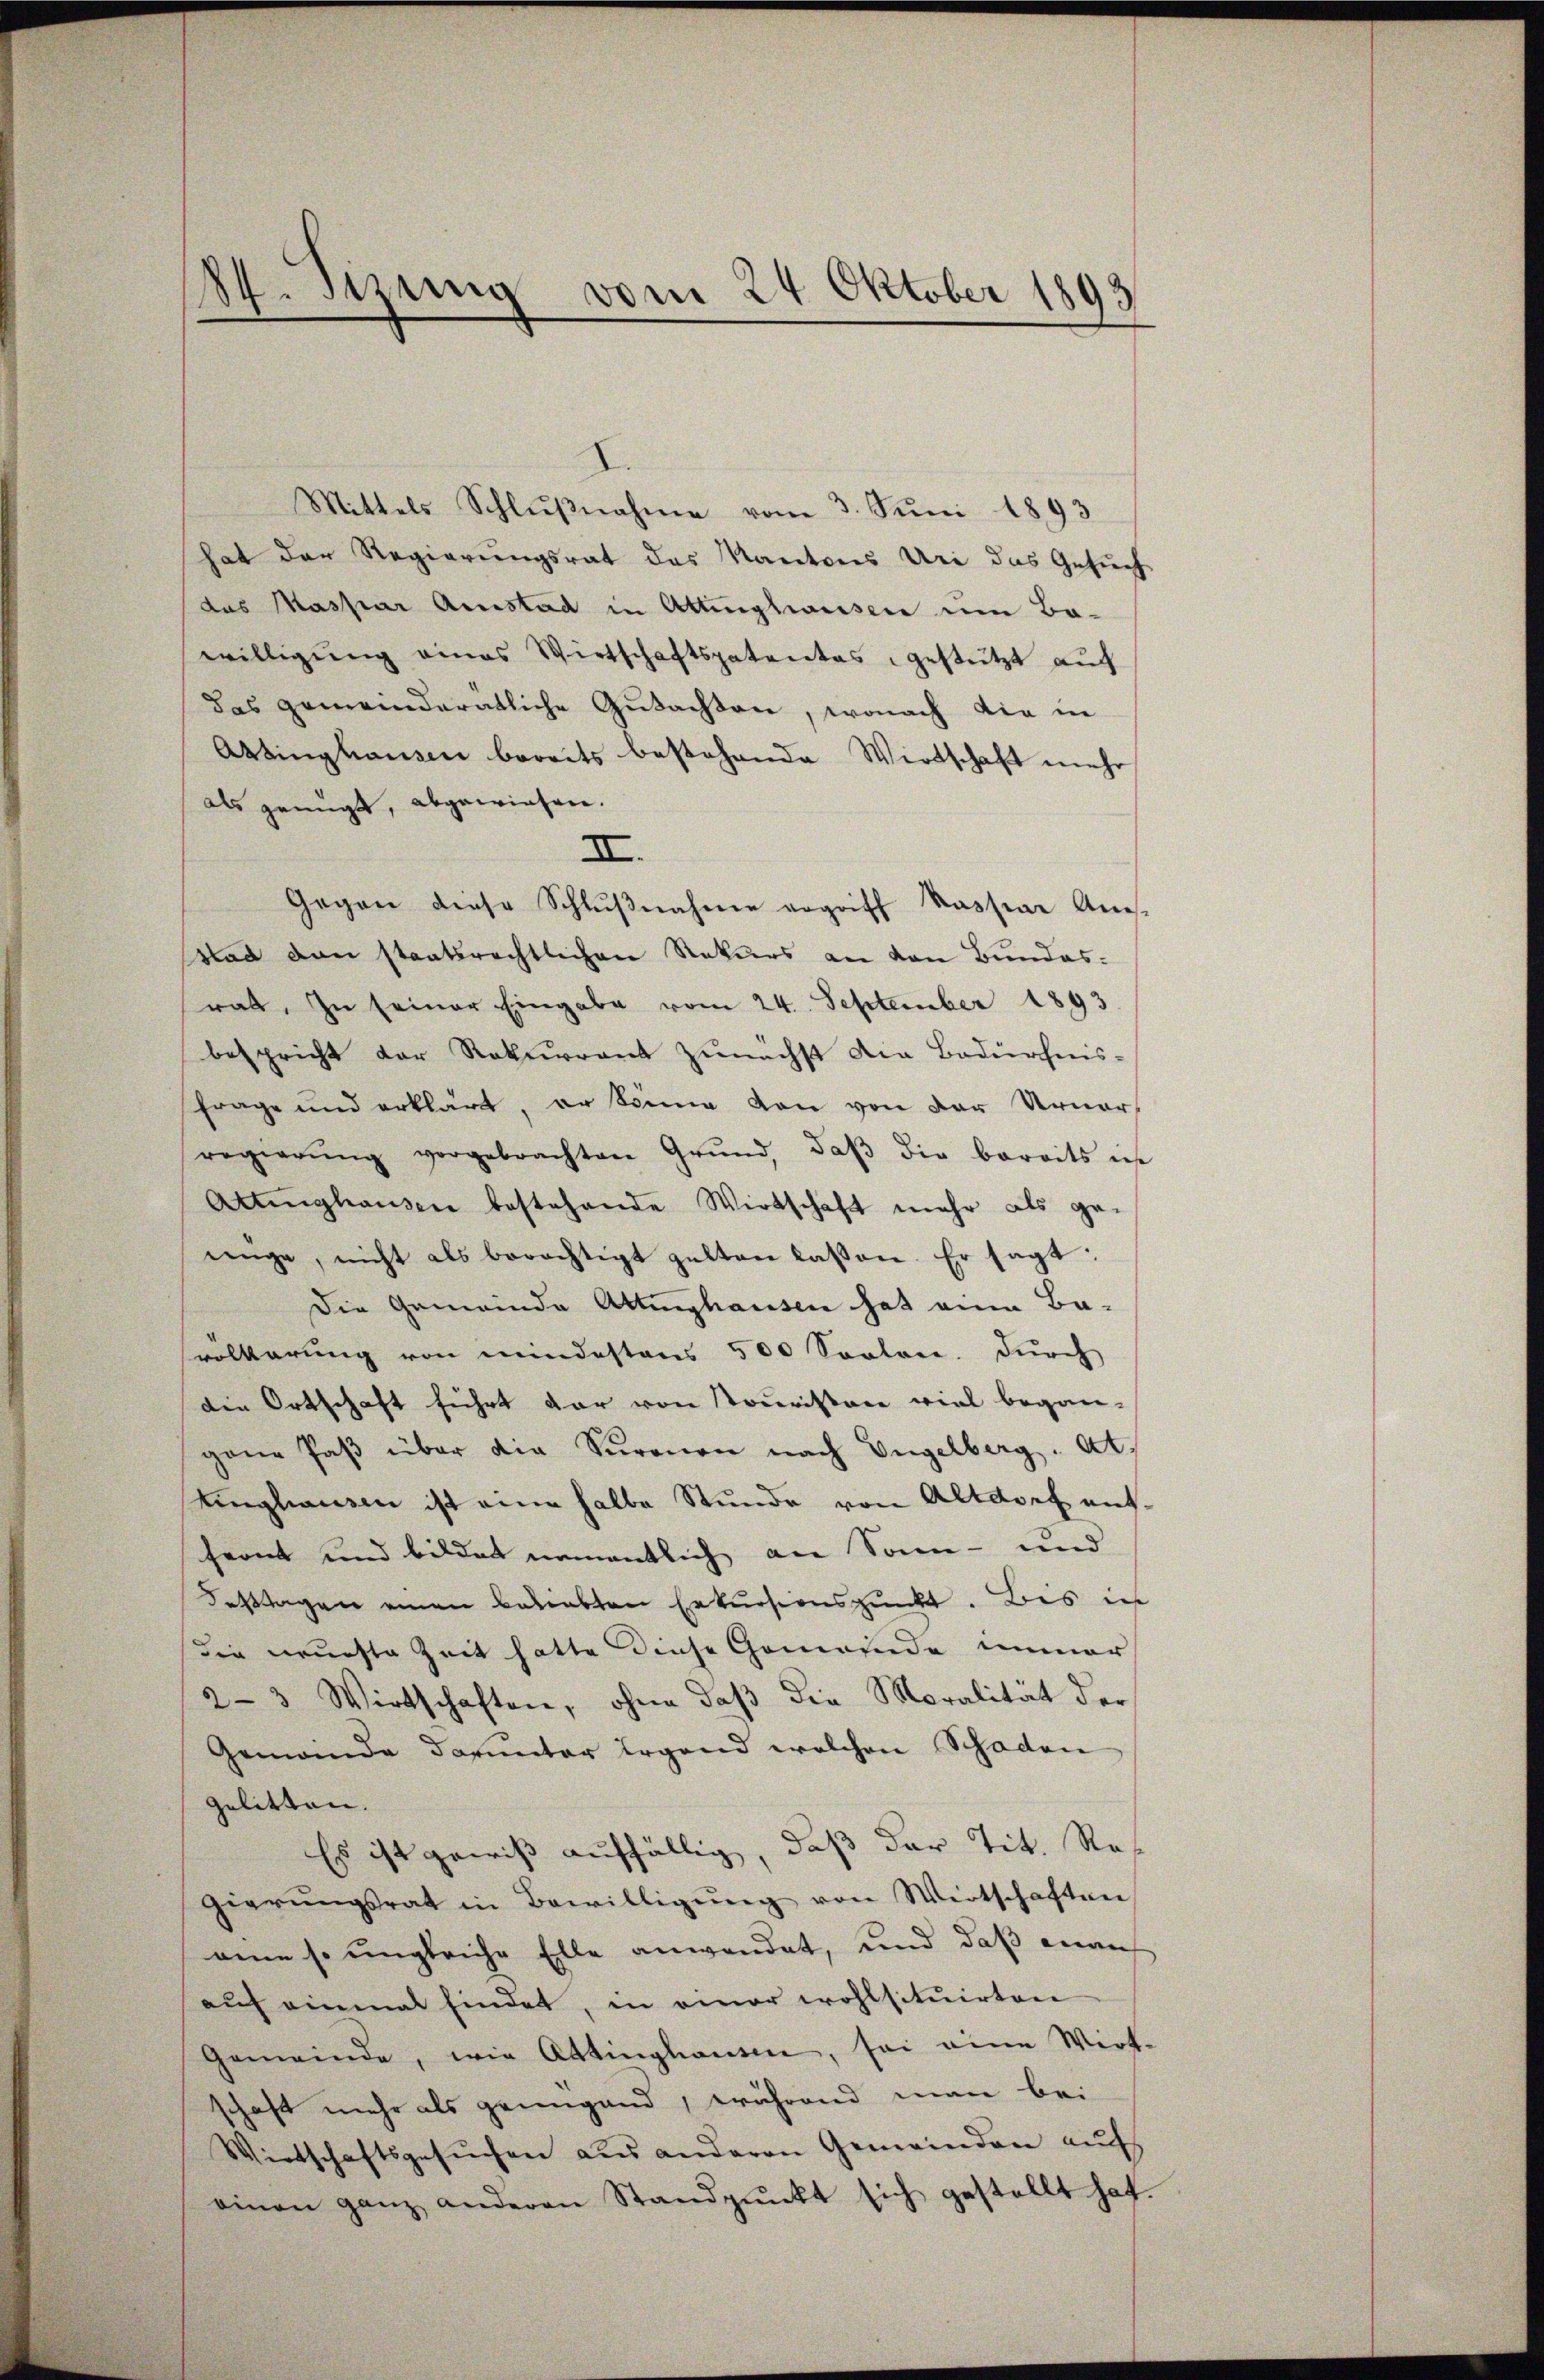
84. Sizung vom 24 Oktober 1893

Mittels Schlŭβnahme vom 3. Juni 1893
hat der Regierungsrat des Mantones Uri das Gesuch
das Maspar Amstad in Attingswesen um Bawilligung eines Wirtschaftspatentes, gestützt auch
das gemeinderatliche Gutachten, wonach die in
Attinghausen bereits bestehende Wirtschaft mehr
als genügt, abgewiesen.
II.
Gegen diese Schlŭβnahme ergriff Kaspar An-
ad von staatsrechtlichen Rekurs an den Bundes-
rat. In seiner Eingabe vom 24. September 1893
bespricht der Rekurrent zunächst die Bedürfnis-
frage und erklärt, er könne von von der Urner-
regierŭng vorgebrachten Grŭnd daβ die bereits ins
Attinghausen bestehende Wirtschaft mehr als ge-
nnge, nicht als berechtigt gelten lassen. Er sagt:
Die Gemeinde Attinghausen hat ein Ba-
volkerung von mindestens 500 Seelen. Durch
Die Ortschaft führt dar von Touristen viel began-
ganz Paβ über die Sŭronen nach Engelberg. Art.
Unghausen ist eine halbe Stunde von Altdorf auffernt und bildet namentlich an Sonn- und
Festtagen einen Bauabten Erkursionspunkt. Bis in
die neuchte Zeit hatte diese Gemeinde immer
2-3 Wirtschaften, ohne daß die Moralität der
Gemeinde darunter irgend welchen Schaden
gelitten.
Es ist gewiß auffällig, daß der Tit. Re
gierŭngsrat in Bewilligŭng von Wirtschaften
eine so ungleiche Elle anwendet, und daß man
aŭf einmal findet, in einer wohlsituirten
Gemeinde, wie Attinghausen, sei eine Wirt-
schaft mehr als grüngend, während man bei
Wirtschaftsgesŭchen aus anderen Gemeinden aŭf
einen ganz anderen Standpŭnkt sich gestellt hat.